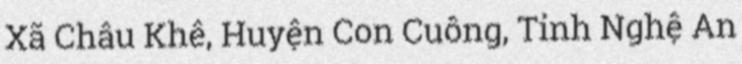
Xã Châu Khê, Huyện Con Cuông, Tỉnh Nghệ An